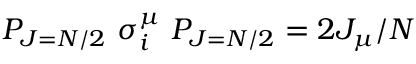
{ \cal P } _ { J = N / 2 } ~ \sigma _ { i } ^ { \mu } ~ { \cal P } _ { J = N / 2 } = 2 J _ { \mu } / N